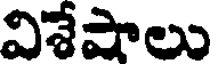
విశేషాలు